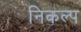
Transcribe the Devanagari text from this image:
निकल्प